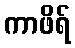
ကာဖိရ်